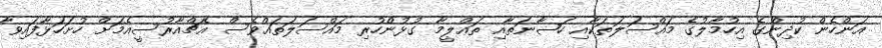
އަންހެން ކުދިންގެ އިހުމާލުގެ މައްސަލަތަކާއި ހަޟާނަތާއި ތަޢްލީމާ ގުޅުންހުރި މައްސަލަތައްވެސް އެޗްއާރުސީއެމަށް ހުށަހަޅާފައިވާ